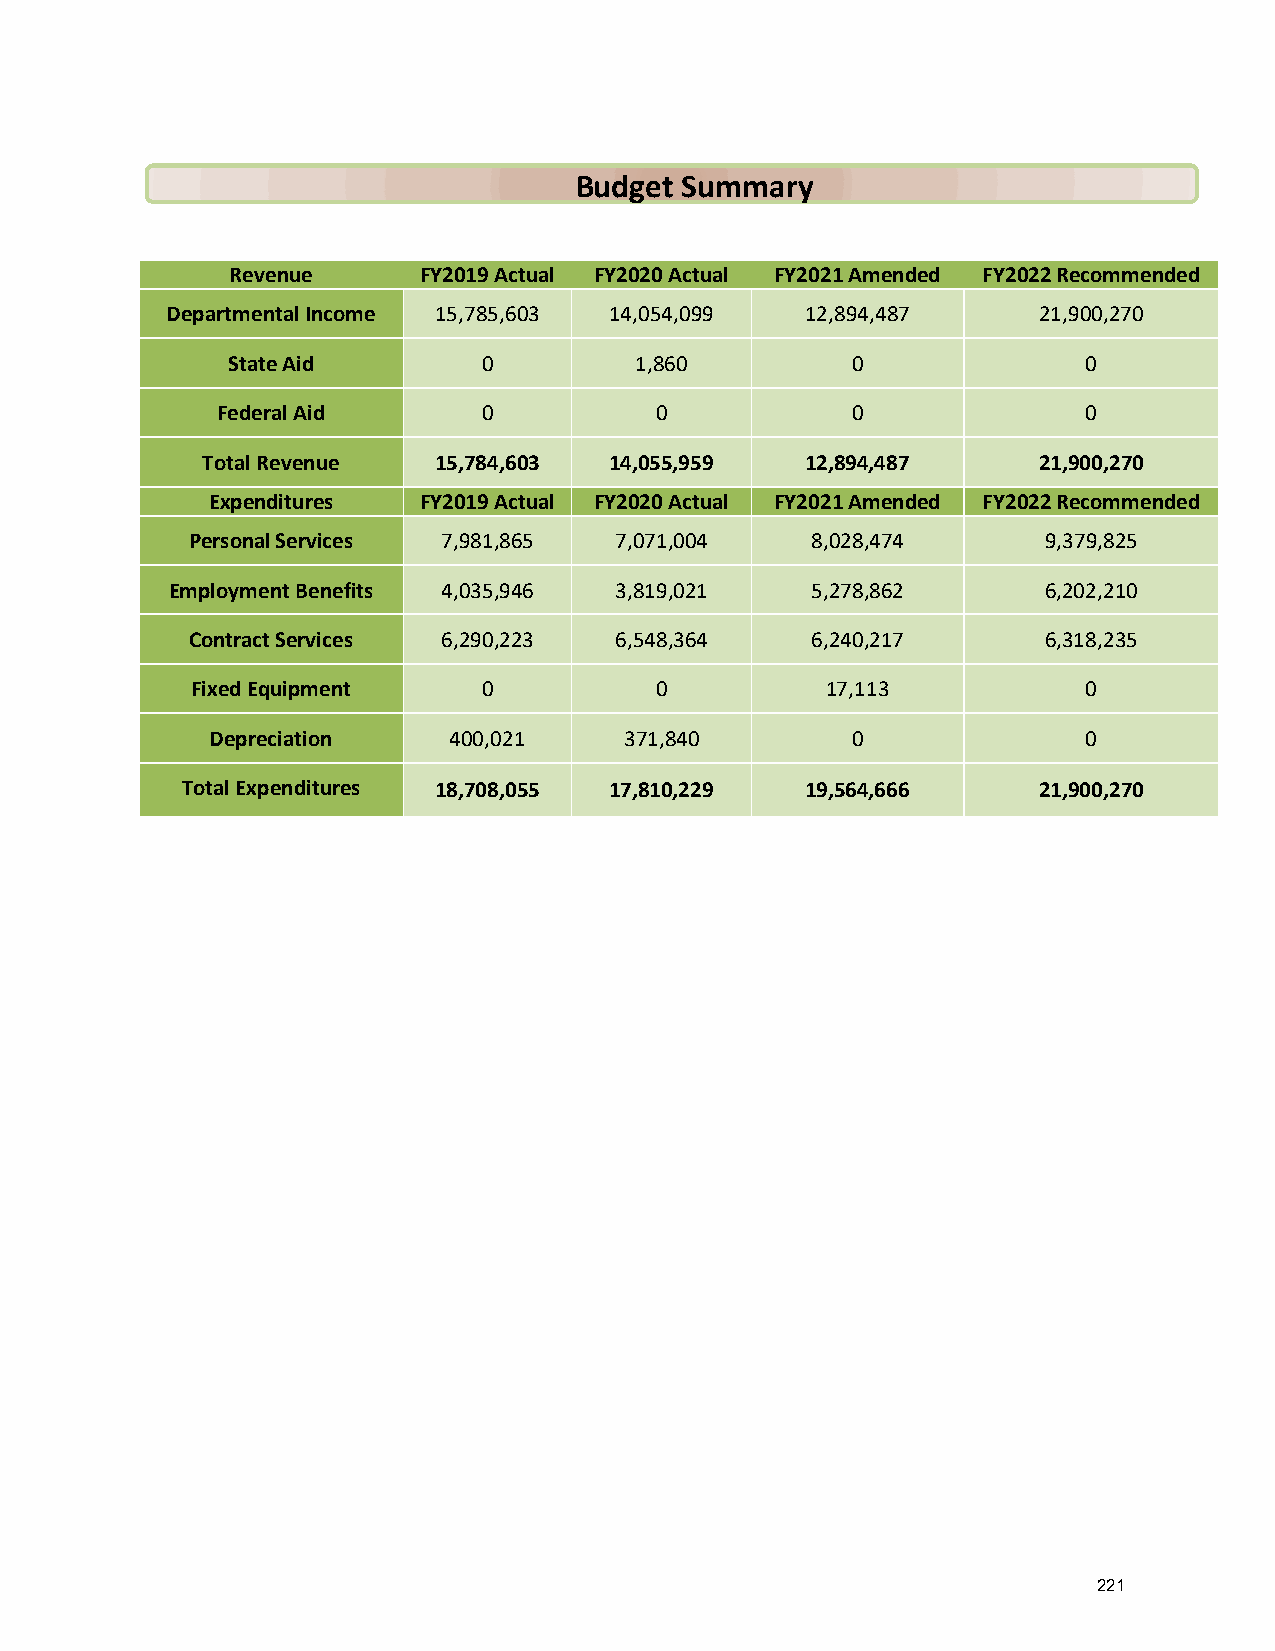
Budget Summary
 Revenue      FY2019 Actual FY2020 Actual FY2021 Amended FY2022 Recommended
 Departmental Income 15,785,603 14,054,099 12,894,487      21,900,270
 State Aid        0         1,860         0               0
 Federal Aid       0          0            0               0
 Total Revenue   15,784,603 14,055,959   12,894,487      21,900,270
 Expenditures  FY2019 Actual FY2020 Actual FY2021 Amended FY2022 Recommended
 Personal Services 7,981,865  7,071,004    8,028,474      9,379,825
 Employment Benefits 4,035,946 3,819,021    5,278,862      6,202,210
 Contract Services 6,290,223  6,548,364    6,240,217      6,318,235
 Fixed Equipment    0          0           17,113           0
 Depreciation    400,021    371,840        0               0
 Total Expenditures 18,708,055 17,810,229 19,564,666      21,900,270
 221